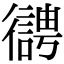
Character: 𢖊